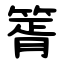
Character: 䈝